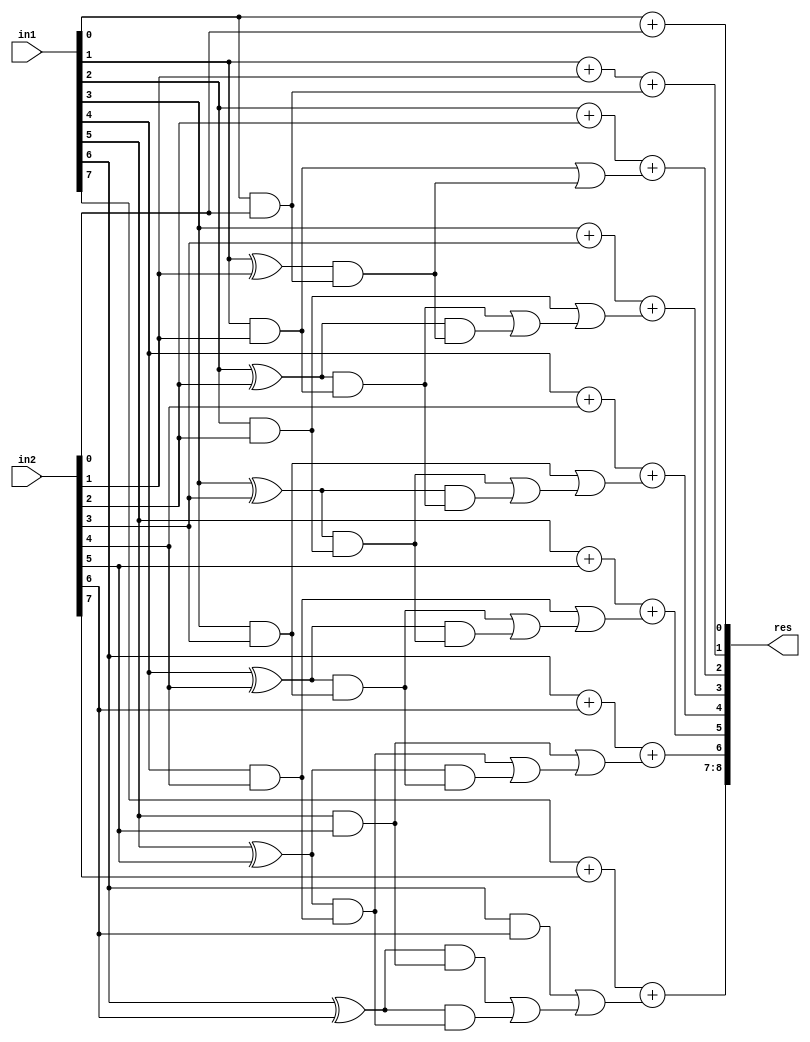
module GDA_St_N8_M8_P3(
    input  [7:0] in1,
    input  [7:0] in2,
    output [8:0] res
    );

wire [2:0] 	temp1, temp2, temp3, temp4, temp5, temp6, temp7, temp8;
wire  		p0,p1,p2,p3,p4,p5,p6,g0,g1,g2,g3,g4,g5,g6,c1,c2,c3,c4,c5,c6,c7;
wire			p1c1,p2c2,p3c3,p4c4,p5c5,p6c6,p2p1c1,p3p2c2,p4p3c3,p5p4c4,p6p5c5;
wire 			carry_pred_1,carry_pred_2,carry_pred_3,carry_pred_4,carry_pred_5,carry_pred_6;
wire 			carry_pred_2_1;
wire 			carry_pred_3_2;
wire 			carry_pred_4_3;
wire 			carry_pred_5_4;
wire 			carry_pred_6_5;

and and_0(g0,in1[0],in2[0]);
and and_1(g1,in1[1],in2[1]);
and and_2(g2,in1[2],in2[2]);
and and_3(g3,in1[3],in2[3]);
and and_4(g4,in1[4],in2[4]);
and and_5(g5,in1[5],in2[5]);
and and_6(g6,in1[6],in2[6]);

xor xor_0(p0,in1[0],in2[0]);
xor xor_1(p1,in1[1],in2[1]);
xor xor_2(p2,in1[2],in2[2]);
xor xor_3(p3,in1[3],in2[3]);
xor xor_4(p4,in1[4],in2[4]);
xor xor_5(p5,in1[5],in2[5]);
xor xor_6(p6,in1[6],in2[6]);

assign c1 = g0;

assign c2 = g1;
and and_7(p1c1,p1,c1);
or or_0(carry_pred_1,c2,p1c1);

assign c3 = g2;
and and_8(p2c2,p2,c2);
and and_9(p2p1c1,p2,p1c1);
or or_1(carry_pred_2_1,p2c2,p2p1c1);
or or_2(carry_pred_2,c3,carry_pred_2_1);

assign c4 = g3;
and and_10(p3c3,p3,c3);
and and_11(p3p2c2,p3,p2c2);
or or_4(carry_pred_3_2,p3c3,p3p2c2);
or or_5(carry_pred_3,c4,carry_pred_3_2);

assign c5 = g4;
and and_13(p4c4,p4,c4);
and and_14(p4p3c3,p4,p3c3);
or or_8(carry_pred_4_3,p4c4,p4p3c3);
or or_9(carry_pred_4,c5,carry_pred_4_3);

assign c6 = g5;
and and_17(p5c5,p5,c5);
and and_18(p5p4c4,p5,p4c4);
or or_13(carry_pred_5_4,p5c5,p5p4c4);
or or_14(carry_pred_5,c6,carry_pred_5_4);

assign c7 = g6;
and and_22(p6c6,p6,c6);
and and_23(p6p5c5,p6,p5c5);
or or_19(carry_pred_6_5,p6c6,p6p5c5);
or or_20(carry_pred_6,c7,carry_pred_6_5);

// Results

assign temp1[1:0] = in1[0] + in2[0];
assign temp2[1:0] = in1[1] + in2[1] + c1;
assign temp3[1:0] = in1[2] + in2[2] + carry_pred_1;
assign temp4[1:0] = in1[3] + in2[3] + carry_pred_2;
assign temp5[1:0] = in1[4] + in2[4] + carry_pred_3;
assign temp6[1:0] = in1[5] + in2[5] + carry_pred_4;
assign temp7[1:0] = in1[6] + in2[6] + carry_pred_5;
assign temp8[1:0] = in1[7] + in2[7] + carry_pred_6;
assign res[8:0] = {temp8[1:0],temp7[0],temp6[0],temp5[0],temp4[0],temp3[0],temp2[0],temp1[0]};

endmodule